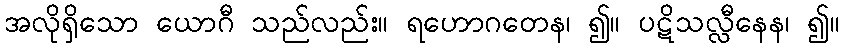
အလိုရှိသော ယောဂီ သည်လည်း။ ရဟောဂတေန၊ ၍။ ပဋိသလ္လီနေန၊ ၍။